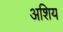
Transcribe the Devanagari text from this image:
अशिय